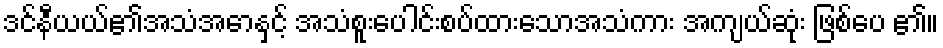
ဒင်နီယယ်၏အသံအောနှင့် အသံစူးပေါင်းစပ်ထားသောအသံကား အကျယ်ဆုံး ဖြစ်ပေ ၏။